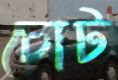
চোট